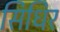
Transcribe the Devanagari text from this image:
सिधिर